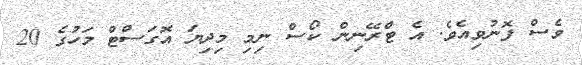
ވެސް ފޮނުވިއެވެ. އެ ޓްރޭނިން ކޯސް ނިމި މިދިޔަ އޮގަސްޓް މަހުގެ 20